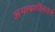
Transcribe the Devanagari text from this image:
अगत्यशीलतेने